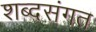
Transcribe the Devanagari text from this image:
शब्दसंगत